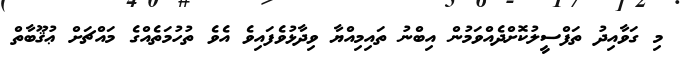
މި ގަވާއިދު ތަފްސީލުކޮށްދެއްވަމުން އިބްނު ތައިމިއްޔާ ވިދާޅުވެފައިވެ އެވެ ތުހުމަތެއްގެ މައްޗަށް ޢުޤޫބާތް